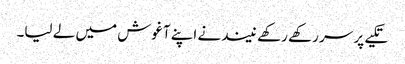
تکیے پر سر رکھے رکھے نیند نے اپنے آغوش میں لے لیا۔